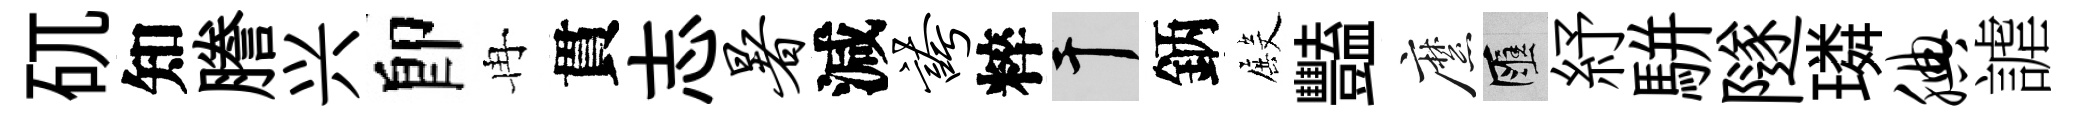
矹知謄兴卽冉貫志暑減夸粹干鈵殿豔縻匯紓駢隧璘腆謔